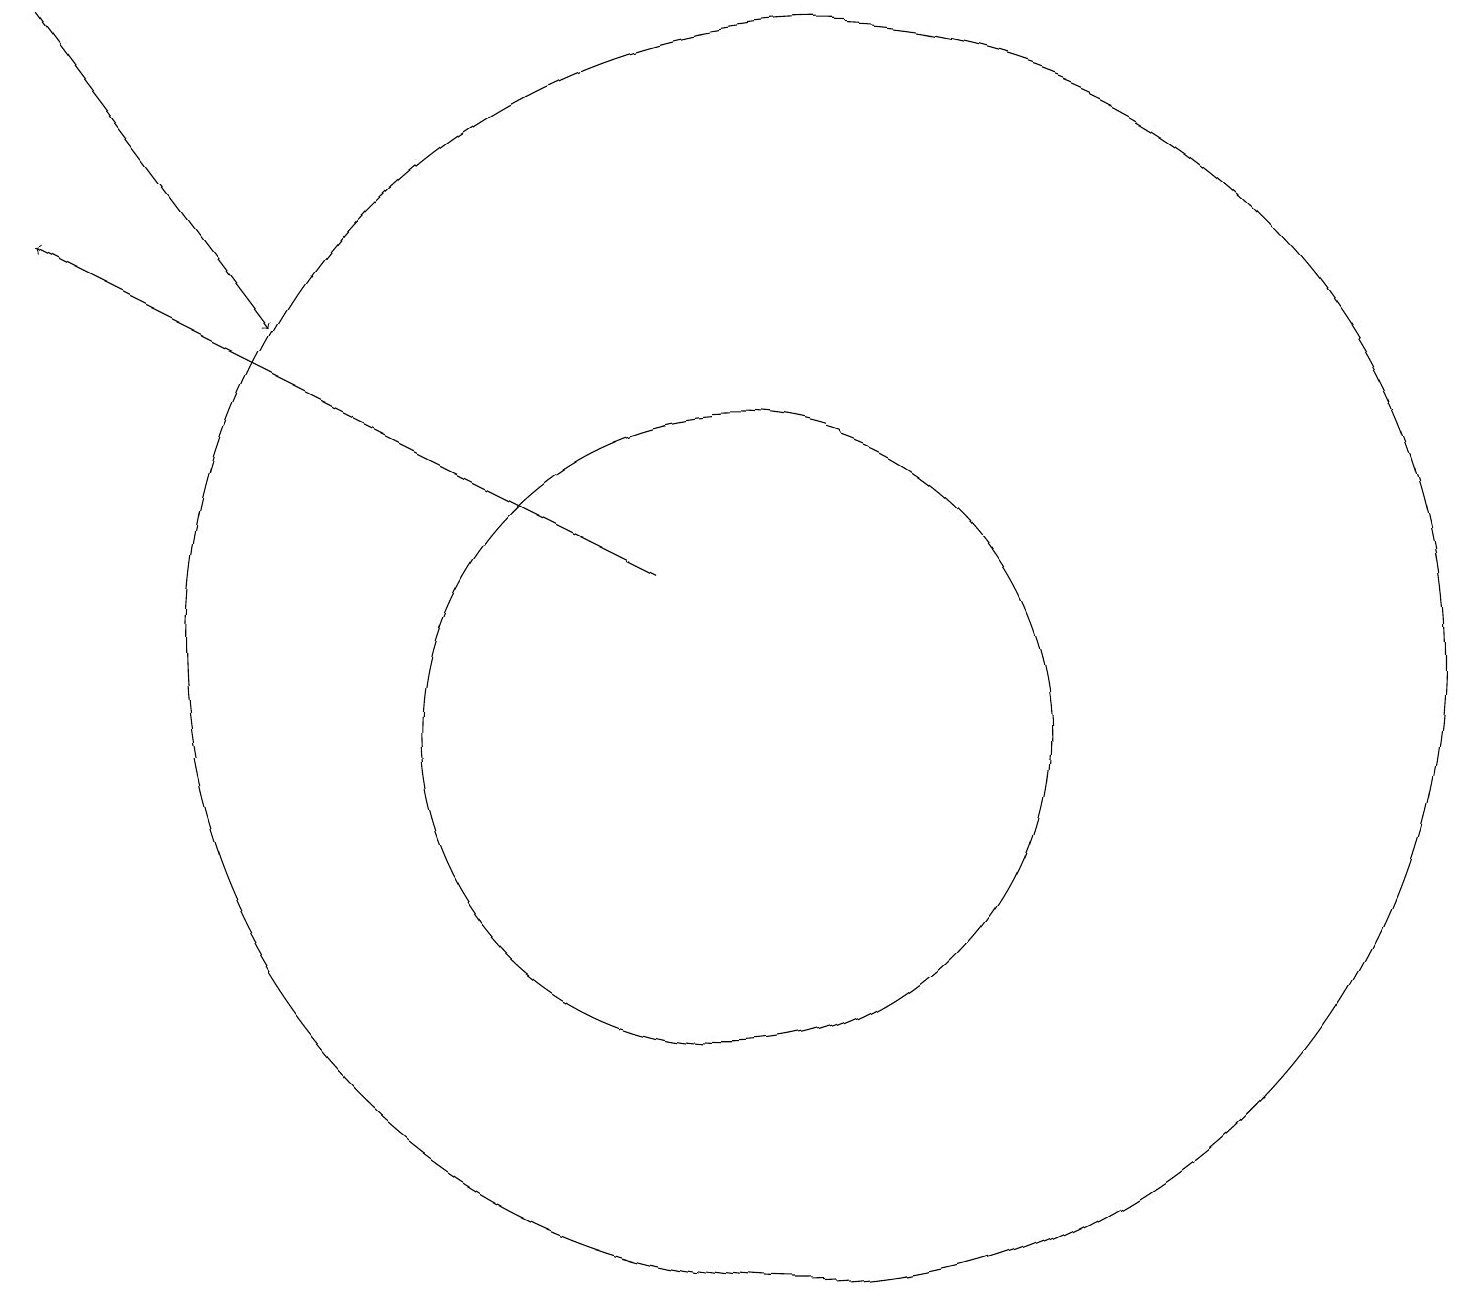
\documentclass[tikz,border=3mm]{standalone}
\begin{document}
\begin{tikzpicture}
\draw (10,10) circle (4);
\draw[->] (1,19) -- (4,15);
\draw (11,11) circle (8);
\draw[->] (9,12) -- (1,16);
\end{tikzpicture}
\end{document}